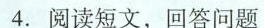
4.阅读短文，回答问题